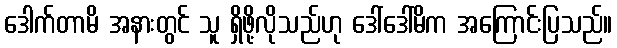
ဒေါက်တာမိ အနားတွင် သူ ရှိဖို့လိုသည်ဟု ဒေါ်ဒေါ်မိက အကြောင်းပြသည်။